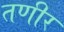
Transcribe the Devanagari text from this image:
तणीर